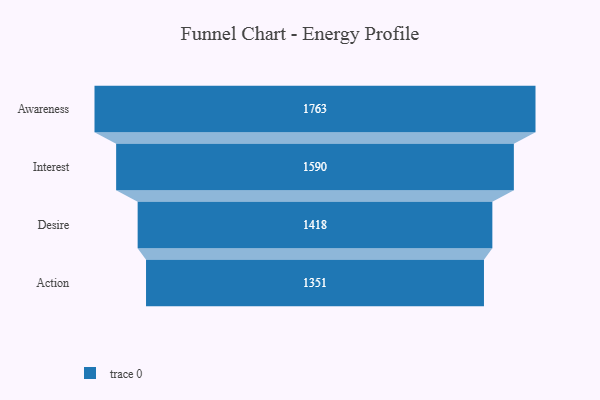
{"axis": {"x": "Stage", "y": "Value"}, "legend": [""], "data": [{"x": "Awareness", "y": 1763.0, "type": ""}, {"x": "Interest", "y": 1590.0, "type": ""}, {"x": "Desire", "y": 1418.0, "type": ""}, {"x": "Action", "y": 1351.0, "type": ""}]}